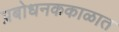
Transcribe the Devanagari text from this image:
प्रबोधनककाळात